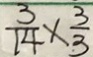
\frac { 3 } { 1 4 } \times \frac { 3 } { 3 }